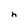
Character: h